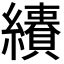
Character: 𦇅